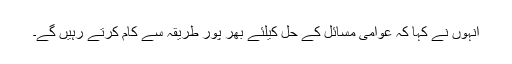
انہوں نے کہا کہ عوامی مسائل کے حل کیلئے بھر پور طریقہ سے کام کرتے رہیں گے۔